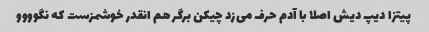
پیتزا دیپ دیش اصلا با آدم حرف می‌زد چیکن برگر هم انقدر خوشمزست که نگوووو